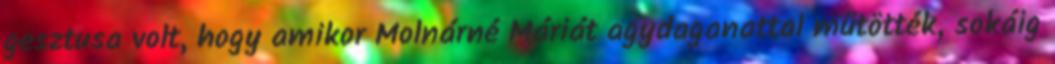
gesztusa volt, hogy amikor Molnárné Máriát agydaganattal műtötték, sokáig